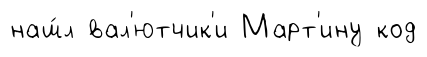
наш́л вал'ютчик'и Март'ину код